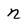
Character: n